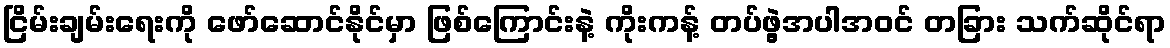
ငြိမ်းချမ်းရေးကို ဖော်ဆောင်နိုင်မှာ ဖြစ်ကြောင်းနဲ့ ကိုးကန့် တပ်ဖွဲ့အပါအဝင် တခြား သက်ဆိုင်ရာ